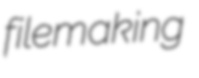
filemaking